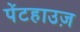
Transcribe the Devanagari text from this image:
पेंटहाउज़